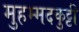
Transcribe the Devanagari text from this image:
मुहम्मदकुट्टी